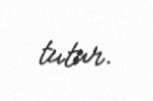
tutur.